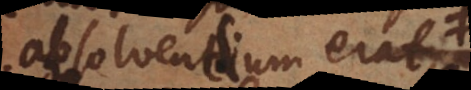
absolvendum erat,